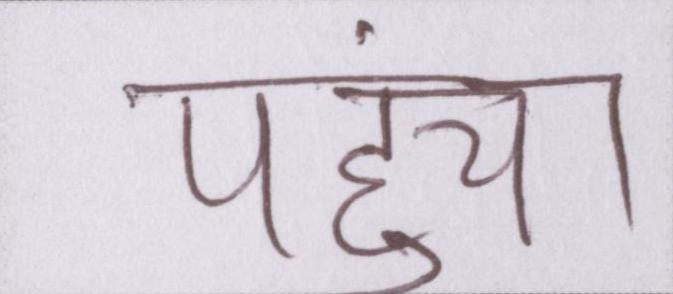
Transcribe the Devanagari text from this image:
पहुंचा